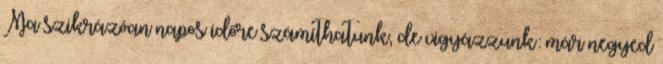
Ma szikrázóan napos időre számíthatunk, de vigyázzunk: már negyed